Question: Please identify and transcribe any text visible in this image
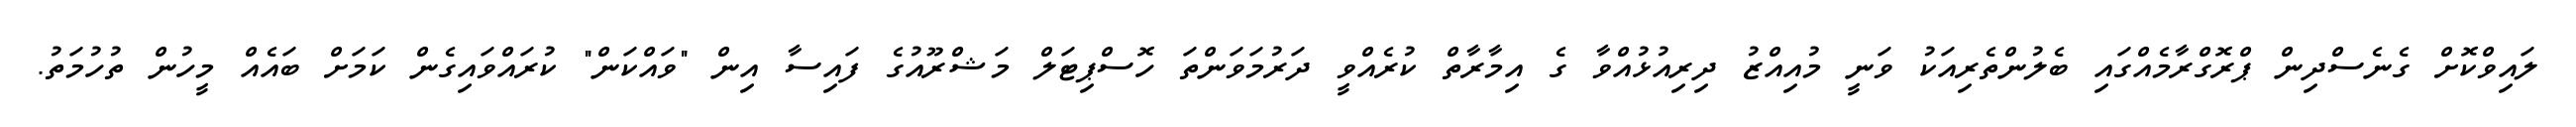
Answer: ލައިވްކޮށް ގެނެސްދިން ޕްރޮގްރާމެއްގައި ބެލުންތެރިއަކު ވަނީ މުއިއްޒު ދިރިއުޅުއްވާ ގެ އިމާރާތް ކުރެއްވީ ދަރުމަވަންތަ ހޮސްޕިޓަލް މަޝްރޫއުގެ ފައިސާ އިން "ވައްކަން" ކުރައްވައިގެން ކަމަށް ބައެއް މީހުން ތުހުމަތު.